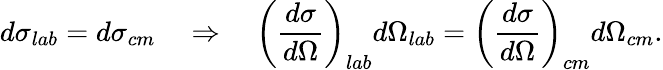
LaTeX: d\sigma_{lab}=d\sigma_{cm}\quad\Rightarrow\quad\left(\frac{d\sigma}{d\Omega}\right)_{lab}d\Omega_{lab}=\left(\frac{d\sigma}{d\Omega}\right)_{cm}d\Omega_{cm}.